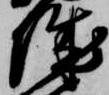
城